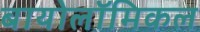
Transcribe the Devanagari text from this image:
बायोलॉमिकल